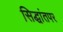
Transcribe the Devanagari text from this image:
सिद्धांतपर